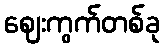
ဈေးကွက်တစ်ခု